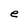
Character: e